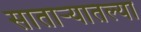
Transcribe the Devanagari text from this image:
सातार्‍यातल्या